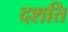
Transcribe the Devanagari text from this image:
दशति